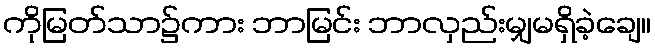
ကိုမြတ်သာ၌ကား ဘာမြင်း ဘာလှည်းမျှမရှိခဲ့ချေ။